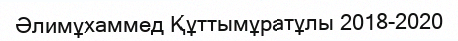
Әлимұхаммед Құттымұратұлы 2018-2020